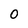
Character: 0